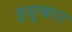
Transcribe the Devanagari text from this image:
इसुकार